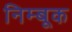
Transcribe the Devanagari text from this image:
निम्बूक